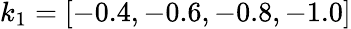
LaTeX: k_{1}=[-0.4,-0.6,-0.8,-1.0]